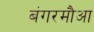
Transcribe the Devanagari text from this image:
बंगरमौआ